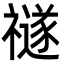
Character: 禭